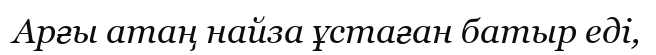
Арғы атаң найза ұстаған батыр еді,